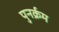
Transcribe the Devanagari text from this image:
पुनर्क्रम